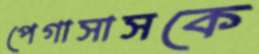
পেগাসাসকে